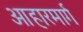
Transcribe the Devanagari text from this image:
आहारमार्ग